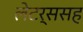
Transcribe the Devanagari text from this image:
लेटर्ससह